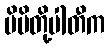
မိမိတို့ပါတီက